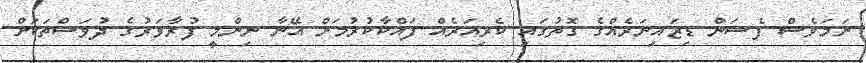
ނަމަވެސް ފެޝަން ޑިޒައިނަރެއްގެ ގޮތުގައި ކެރިއަރެއް ފައްކާކުރުމަށް އޭނާ ނިންމީ ފުރާވަރުގެ ދުވަސްތަކަށް